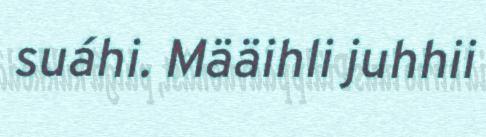
suáhi. Määihli juhhii